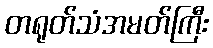
တရုတ်သံအမတ်ကြီး